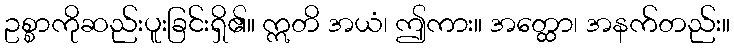
ဥစ္စာကိုဆည်းပူးခြင်းရှိ၏။ ဣတိ အယံ၊ ဤကား။ အတ္ထော၊ အနက်တည်း။